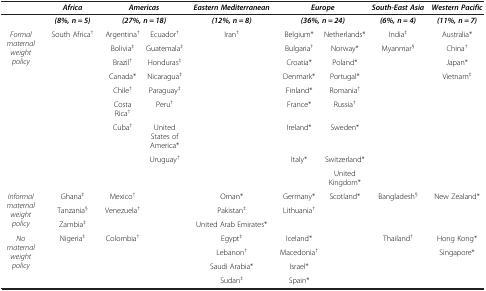
<table><thead><tr><td><b> </b></td><td><b><i>Africa</i></b></td><td colspan="2"><b><i>Americas</i></b></td><td><b><i>Eastern Mediterranean</i></b></td><td colspan="2"><b><i>Europe</i></b></td><td><b><i>South-East Asia</i></b></td><td><b><i>Western Pacific</i></b></td></tr></thead><tbody><tr><td> </td><td><b><i>(8%, n = 5)</i></b></td><td colspan="2"><b><i>(27%, n = 18)</i></b></td><td><b><i>(12%, n = 8)</i></b></td><td colspan="2"><b><i>(36%, n = 24)</i></b></td><td><b><i>(6%, n = 4)</i></b></td><td><b><i>(11%, n = 7)</i></b></td></tr><tr><td rowspan="9"><i>Formal maternal weight policy</i></td><td>South Africa<sup>†</sup></td><td>Argentina<sup>†</sup></td><td>Ecuador<sup>†</sup></td><td>Iran<sup>†</sup></td><td>Belgium*</td><td>Netherlands*</td><td>India<sup>‡</sup></td><td>Australia*</td></tr><tr><td> </td><td>Bolivia<sup>‡</sup></td><td>Guatemala<sup>‡</sup></td><td> </td><td>Bulgaria<sup>†</sup></td><td>Norway*</td><td>Myanmar<sup>§</sup></td><td>China<sup>†</sup></td></tr><tr><td> </td><td>Brazil<sup>†</sup></td><td>Honduras<sup>‡</sup></td><td> </td><td>Croatia*</td><td>Poland*</td><td> </td><td>Japan*</td></tr><tr><td> </td><td>Canada*</td><td>Nicaragua<sup>‡</sup></td><td> </td><td>Denmark*</td><td>Portugal*</td><td> </td><td>Vietnam<sup>‡</sup></td></tr><tr><td> </td><td>Chile<sup>†</sup></td><td>Paraguay<sup>‡</sup></td><td> </td><td>Finland*</td><td>Romania<sup>†</sup></td><td> </td><td> </td></tr><tr><td> </td><td>Costa Rica<sup>†</sup></td><td>Peru<sup>†</sup></td><td> </td><td>France*</td><td>Russia<sup>†</sup></td><td> </td><td> </td></tr><tr><td> </td><td>Cuba<sup>†</sup></td><td>United States of America*</td><td> </td><td>Ireland*</td><td>Sweden*</td><td> </td><td> </td></tr><tr><td> </td><td> </td><td>Uruguay<sup>†</sup></td><td> </td><td>Italy*</td><td>Switzerland*</td><td> </td><td> </td></tr><tr><td> </td><td> </td><td> </td><td> </td><td> </td><td>United Kingdom*</td><td> </td><td> </td></tr><tr><td rowspan="3"><i>Informal maternal weight policy</i></td><td>Ghana<sup>‡</sup></td><td>Mexico<sup>†</sup></td><td> </td><td>Oman*</td><td>Germany*</td><td>Scotland*</td><td>Bangladesh<sup>§</sup></td><td>New Zealand*</td></tr><tr><td>Tanzania<sup>§</sup></td><td>Venezuela<sup>†</sup></td><td> </td><td>Pakistan<sup>‡</sup></td><td>Lithuania<sup>†</sup></td><td> </td><td> </td><td> </td></tr><tr><td>Zambia<sup>‡</sup></td><td> </td><td> </td><td>United Arab Emirates*</td><td> </td><td> </td><td> </td><td> </td></tr><tr><td rowspan="4"><i>No maternal weight policy</i></td><td>Nigeria<sup>‡</sup></td><td>Colombia<sup>†</sup></td><td> </td><td>Egypt<sup>‡</sup></td><td>Iceland*</td><td> </td><td>Thailand<sup>†</sup></td><td>Hong Kong*</td></tr><tr><td> </td><td> </td><td> </td><td>Lebanon<sup>†</sup></td><td>Macedonia<sup>†</sup></td><td> </td><td> </td><td>Singapore*</td></tr><tr><td> </td><td> </td><td> </td><td>Saudi Arabia*</td><td>Israel*</td><td> </td><td> </td><td> </td></tr><tr><td> </td><td> </td><td> </td><td>Sudan<sup>‡</sup></td><td>Spain*</td><td> </td><td> </td><td> </td></tr></tbody></table>